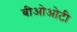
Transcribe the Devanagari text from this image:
बीओओटी